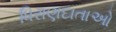
ધિરાણદાતાઓ